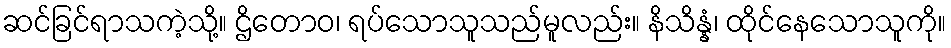
ဆင်ခြင်ရာသကဲ့သို့။ ဌိတောဝ၊ ရပ်သောသူသည်မူလည်း။ နိသိန္နံ၊ ထိုင်နေသောသူကို။